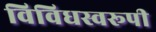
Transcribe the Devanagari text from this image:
विविधस्वरूपी